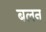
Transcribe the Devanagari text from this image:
बलन